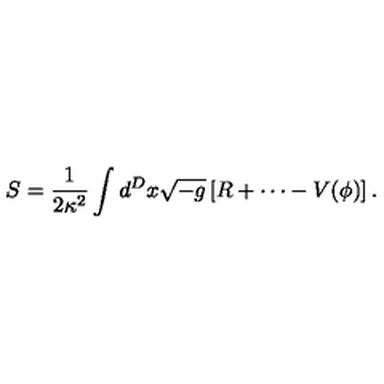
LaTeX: S = \frac 1 { 2 \kappa ^ { 2 } } \int d ^ { D } x \sqrt { - g } \left[ R + \cdots - V ( \phi ) \right] .